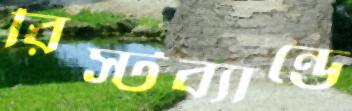
রিস্টব্যান্ডে